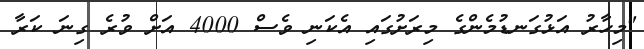
"މިހާރު އަޅުގަނޑުމެންގެ މިރަށުގައި އެކަނި ވެސް 4000 އަށް ވުރެ ގިނަ ކަރާ